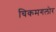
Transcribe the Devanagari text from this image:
चिकमगलोर